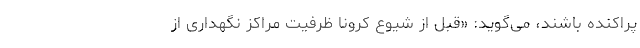
پراکنده باشند، می‌گوید: «قبل از شیوع کرونا ظرفیت مراکز نگهداری از